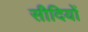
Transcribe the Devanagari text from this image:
सीदियों